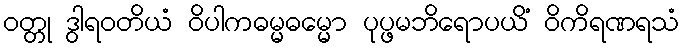
ဝတ္တု ဒွါရဝတိယံ ဝိပါကဓမ္မဓမ္မော ပုပ္ဖမဘိရောပယိံ ဝိကိရဏရသံ